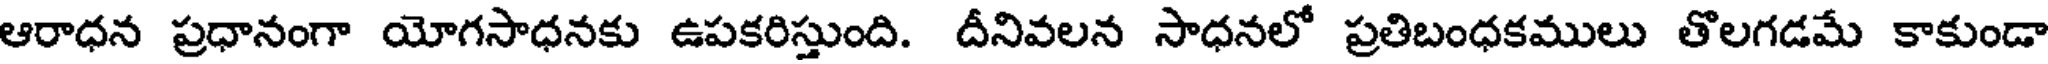
ఆరాధన ప్రధానంగా యోగసాధనకు ఉపకరిస్తుంది. దీనివలన సాధనలో ప్రతిబంధకములు తొలగడమే కాకుండా